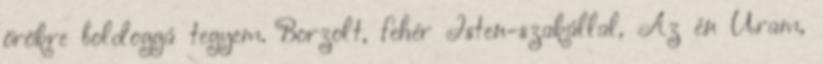
örökre boldoggá tegyem. Borzolt, fehér Isten-szakállal, Az én Uram,